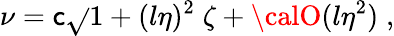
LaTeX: \nu=\mathsf{c}\sqrt{}{{1+(l\eta)^{2}}}\; \zeta+{\calO}(l\eta^{2})\; ,